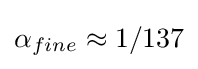
\alpha _{fine}\approx 1/137